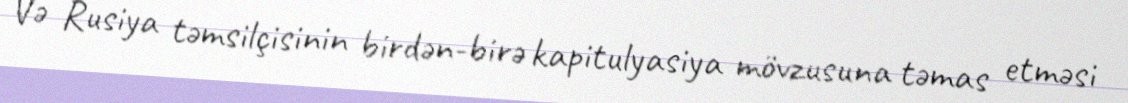
Və Rusiya təmsilçisinin birdən-birə kapitulyasiya mövzusuna təmas etməsi